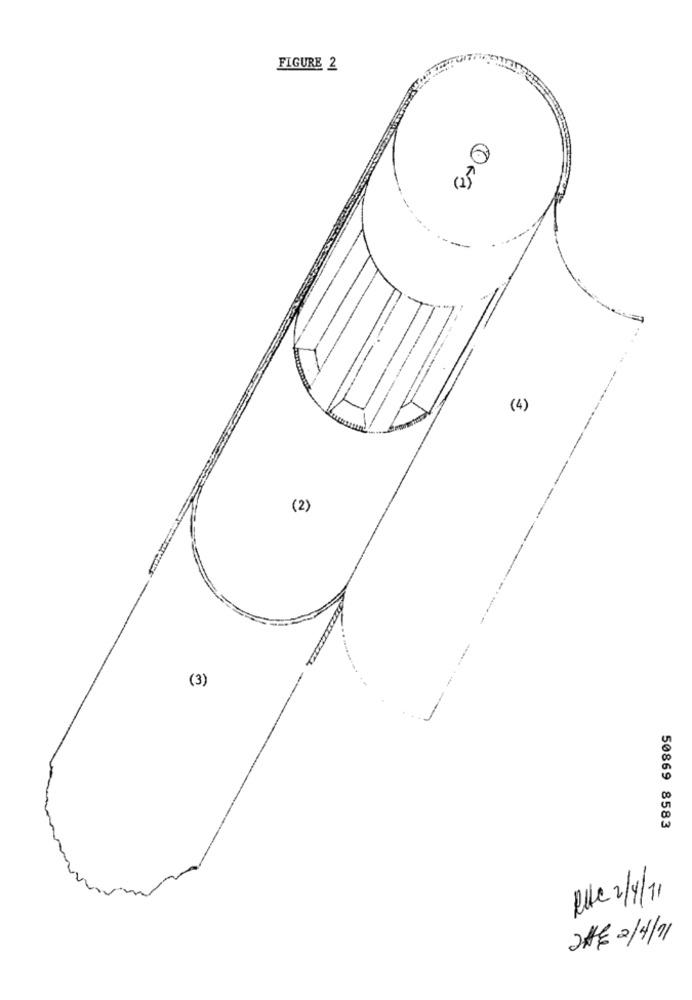
FIGURE 2
(4)
(2)
(3)
50869 8583
Rue 2/4/11
2HE 2/4/11